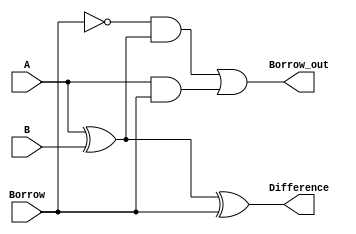
module full_subtractor(input A, input B, input Borrow, output Difference, output Borrow_out);

  assign Difference = A ^ B ^ Borrow;
  assign Borrow_out = (~Borrow & (A ^ B)) | (A & Borrow);

endmodule